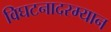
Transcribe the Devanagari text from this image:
विघटनादरम्यान